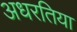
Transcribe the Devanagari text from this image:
अधरतिया